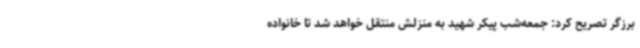
برزگر تصریح کرد: جمعه‌شب پیکر شهید به منزلش منتقل خواهد شد تا خانواده